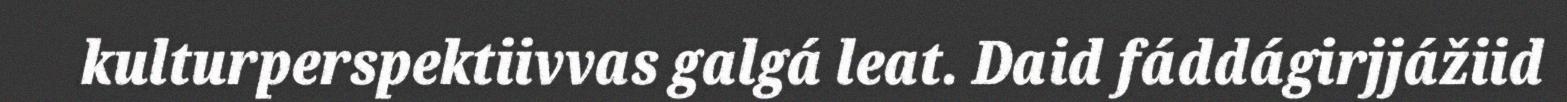
kulturperspektiivvas galgá leat. Daid fáddágirjjážiid